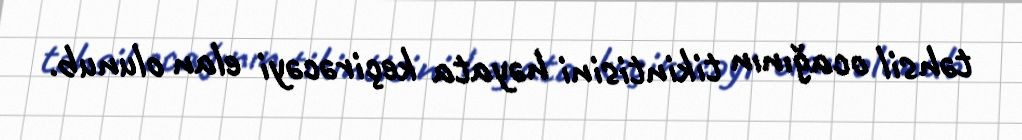
təhsil ocağının tikintisini həyata keçirəcəyi elan olunub.